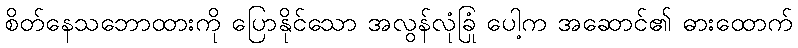
စိတ်နေသဘောထားကို ပြောနိုင်သော အလွန်လုံခြုံ ပေါ့က အဆောင်၏ ဓားထောက်